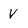
Character: V